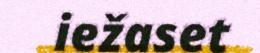
iežaset